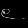
Digit: ၉